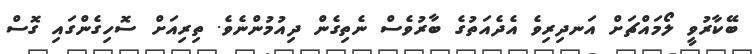
ބޭކާރުވީ ލޯމައްޗަށް އަނދިރިވެ އެދެއަތުގެ ބާރުވެސް ނެތިގެން ދިއުމުންނެވެ. ތިރިއަށް ސޮހިގެންގައި ގޮސް